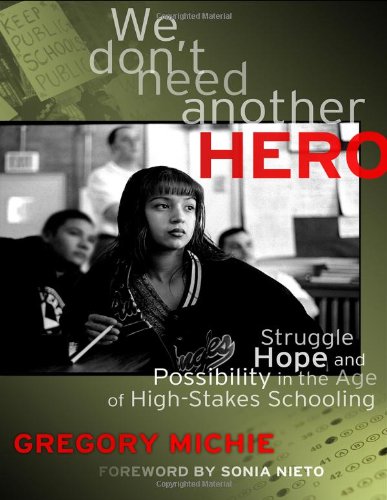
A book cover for We Don't Need Another Hero: Struggle, Hope, and Possibility in the Age of High-Stakes Schooling; Gregory Michie; Science & Math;